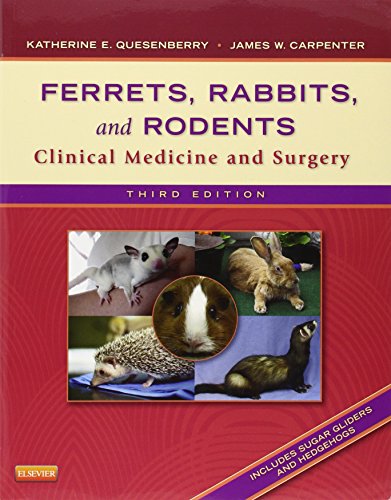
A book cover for Ferrets, Rabbits, and Rodents: Clinical Medicine and Surgery, 3e; Katherine Quesenberry DVM MPH  Diplomate ABVP; Crafts, Hobbies & Home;